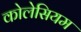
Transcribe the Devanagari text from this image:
कोलेसियम